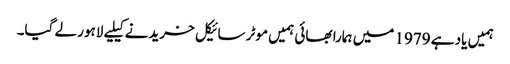
ہمیں یاد ہے 1979 میں ہمارا بھائی ہمیں موٹر سائیکل خریدنے کیلیے لاہور لے گیا۔